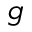
g